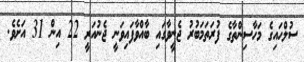
ސުލްހައިގެ މަހާސިންތާގެ ފުރަތަމަބުރު ޖެނީވާގައި ބާއްވާފައިވަނީ ޖެނުއަރީ 22 އިން 31 އަށެވެ.